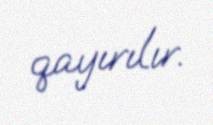
qayırılır.